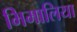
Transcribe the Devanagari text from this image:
भिमालिया